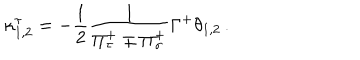
\kappa _ { 1 , 2 } ^ { \tau } = - \frac { 1 } { 2 } \frac { 1 } { \Pi _ { \tau } ^ { + } \mp \Pi _ { \sigma } ^ { + } } \Gamma ^ { + } \theta _ { 1 , 2 } \, .